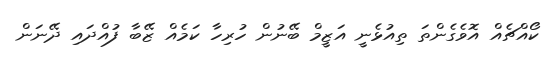
ކޯއްޗެއް އޮވެގެންތަ ތިއުޅެނީ އަޒީމް ބޭނުން ހުރިހާ ކަމެއް ޒޭބާ ފުއްދައި ދޭނަން